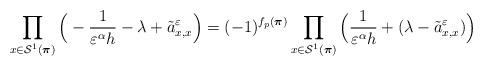
LaTeX: \begin{align*}\prod_{x\in\mathcal{S}^1(\boldsymbol{\pi})}\Big(-\frac{1}{\varepsilon^\alpha h}-\lambda+\tilde{a}^\varepsilon_{x,x}\Big)=(-1)^{f_p(\boldsymbol{\pi})}\prod_{x\in\mathcal{S}^1(\boldsymbol{\pi})}\Big(\frac{1}{\varepsilon^\alpha h}+(\lambda-\tilde{a}^\varepsilon_{x,x})\Big)\end{align*}